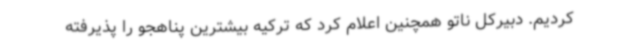
کردیم. دبیرکل ناتو همچنین اعلام کرد که ترکیه بیشترین پناهجو را پذیرفته